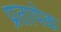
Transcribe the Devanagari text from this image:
प्रतायेक